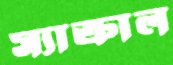
স্যাক্রাল